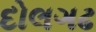
દોલગઢ